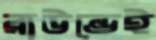
রাউন্ডেই